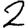
Digit: 2